Report of the King Institute of Preventive Medicine, Guindy
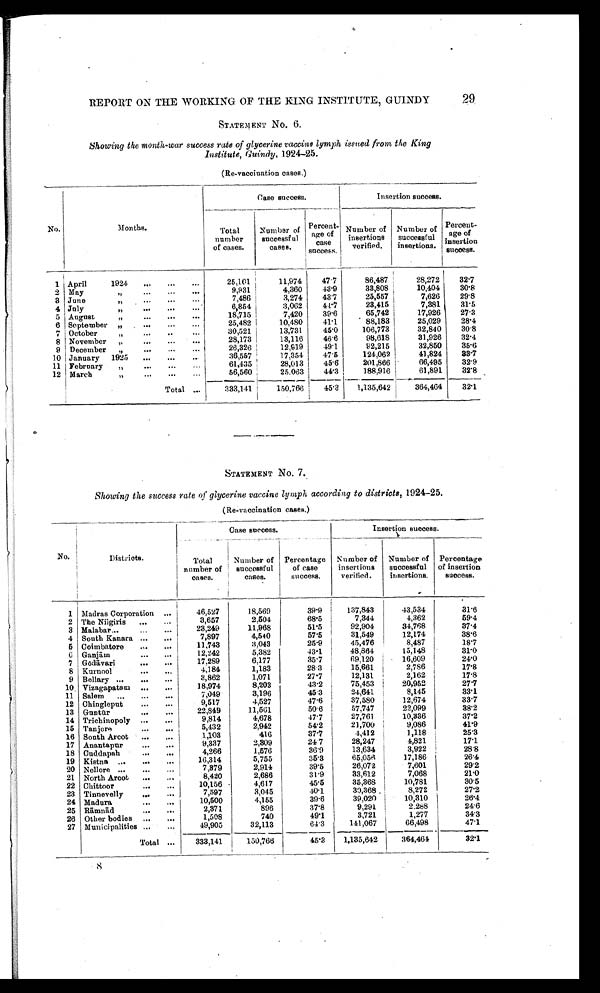
29
REPORT ON THE WORKING OF THE KING INSTITUTE, GUINDY
STATEMENT No. 6.
Showing the month-war success rate of glycerine vaccins lymph issued from, the King
Institute, Guindy, 1924-25.
(Re-vaccination cases.)
No.
Months.
Case success.
Insertion success.
Total
number
of cases.
Number of
successful
cases.
Percent-
age of
case
success.
Number of
insertions
verified.
Number of
successful
insertions.
Percent-
age of
insertion
success.
1 April
1924 . . .
25,101
11,974
47.7
86,487
28,272
32.7
2 May " . . .
9,931
4,360
43.9
33,808
10,404
30.8
3 June " . . .
7,486
3,274
43.7
25,557
7,626
29.8
4 Jul y " . . .
6,854
3,062
44 .7
23,415
7,381
31.5
5 August " . . .
18,715
7,420
39.6
65,742
17,926
27.3
6 September "
. . .
25,482
10,480
41.1
88,183
25,029
28.4
7 October
"
. . .
30,521
13,731
45.0
106,773
32,840
30.8
8 November
" . . .
28,173
13,116
46.6
98,618
31,926
32.4
9 December
" . . .
26,326
12,919
49.1
92,215
32,850
35.6
10 January
1925
. . .
36,557
17,354
47.5
124,062
41,824
3 3 . 7
11 February
"
. . .
61,435
28,013
45.6
201,866
66,495
32.9
12 March " . . .
56,560
25,063
44.3
188,916
61,891
32.8
Total
. . .
333,141
150,766
45.3
1,135,642
364,464
32.1
STATEMENT NO. 7.
Showing the success rate of glycerine vaccine lymph according to districts, 1924-25.
(Re-vaccination cases.)
No.
Districts.
Case success.
Insertion success.
Total
number of
cases.
Number of
successful
cases.
Percentage
of case
success.
Number of
insertions
verified.
Number of
successful
insertions.
Percentage
of insertion
success.
1 Madras Corporation . . .
46,527
18,569
39.9
137,843
43,534
3 1 . 6
2 The Nilgiris . . .
3,657
2,504
68.5
7,344
4,362
59.4
3 Malabar . . .
23,249
11,968
51.5
92,904
34,768
37.4
4 South Kanara . . .
7,897
4,540
57.5
31,549
12,174
38.6
5 Coimbatore . . .
11,743
3,043
25.9
45,476
8,487
18.7
6 Ganjām . . .
12,242
5,382
43.1
48,864
15,148
31.0
7 Gō dāvari . . .
17,289
6,177
35.7
69,120
16,609
24.0
8 Kurnool
. . .
4,184
1,183
28.3
15,661
2,786
1 7 . 8
9 Bellary . . .
3,862
1,071
27.7
12,131
2,162
17.8
10 Vizagapatam . . .
18,974
8,203
43.2
75,453
20,952
27.7
11 Salem
. . .
7,049
3,196
45.3
24,641
8,145
3 3 . 1
12 Chingleput . . .
9,517
4,527
47.6
37,580
12,674
33.7
13 Guntū r . . .
22,849
11,561
50.6
57,747
22,099
38.2
14 Trichinopoly . . .
9,814
4,678
47.7
27,761
10,336
37.2
15 Tanjore . . .
5,432
2,942
54.2
21,700
9,086
41.9
16 South Arcot . . .
1,103
416
37.7
4,412
1,118
25.3
17 Anantapur . . .
9,337
2,309
24.7
28,247
4,821
17.1
18 Cuddapah . . .
4,266
1,576
36.9
13,634
3,922
28.8
19 Kistna . . .
16,314
5,755
35.3
65,056
17,186
26.4
20 Nellore . . .
7,379
2,914
39.5
26,072
7,601
29.2
21 North Arcot . . .
8,420
2,686
31.9
33,612
7,068
21.0
22 Chittoor . . .
10,156
4,617
45.5
35,368
10,781
30.5
23 Tinnevelly . . .
7,597
3,045
40.1
30,368
8,272
27.2
24 Madura . . .
10,500
4,155
39.6
39,020
10,310
26.4
25 Rāmnād
. . .
2,371
896
37.8
9,291
2.288
24.6
26 Other bodies . . .
1,508
740
49.1
3,721
1,277
34.3
27 Municipalities . . .
49,905
32,113
64.3
141,067
66,498
47.1
Total
. . .
333,141
150,766
45.3
1,135,642
364,464
32.1